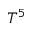
T ^ { 5 }